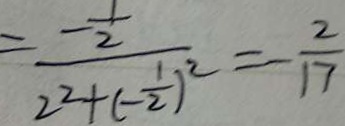
= \frac { - \frac { 1 } { 2 } } { 2 ^ { 2 } + ( - \frac { 1 } { 2 } ) ^ { 2 } } = - \frac { 2 } { 1 7 }